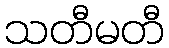
သတီမတီ